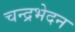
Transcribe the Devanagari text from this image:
चन्द्रभेदन